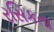
રસિકતા